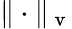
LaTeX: \Vert\cdot\Vert_{\mathrm{~v~}}